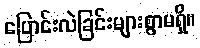
ပြောင်းလဲခြင်းများစွာမရှိ။